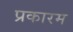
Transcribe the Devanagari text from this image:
प्रकारम